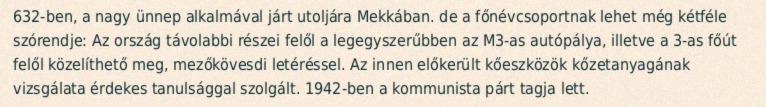
632-ben, a nagy ünnep alkalmával járt utoljára Mekkában. de a főnévcsoportnak lehet még kétféle szórendje: Az ország távolabbi részei felől a legegyszerűbben az M3-as autópálya, illetve a 3-as főút felől közelíthető meg, mezőkövesdi letéréssel. Az innen előkerült kőeszközök kőzetanyagának vizsgálata érdekes tanulsággal szolgált. 1942-ben a kommunista párt tagja lett.